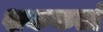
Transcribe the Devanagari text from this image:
शककर्ता